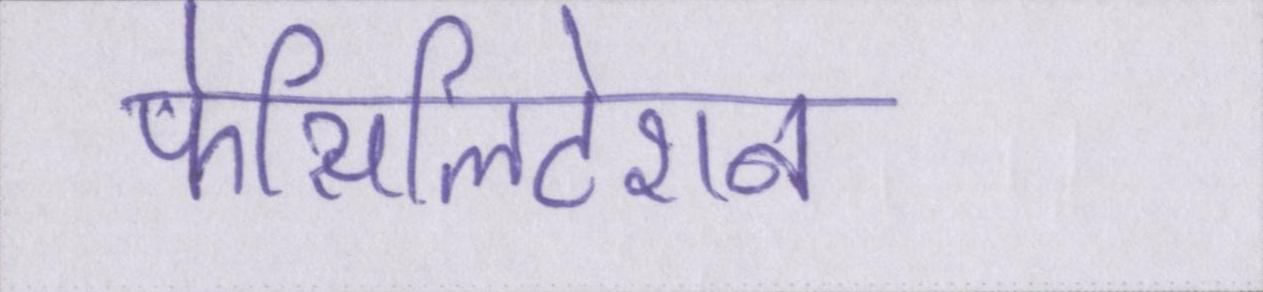
फेसिलिटेशन